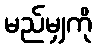
မည်မျှကို